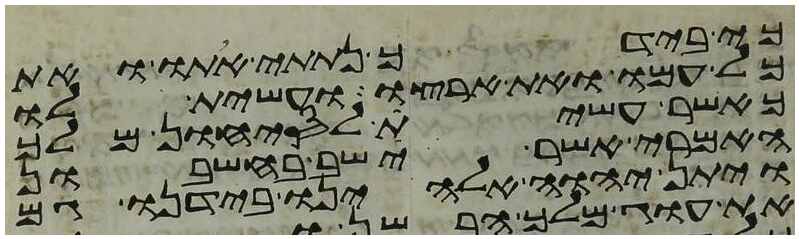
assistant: כי בידך נתתי אתו ואת
כל עמו ואת ארצו ועשית לו
כאשר עשית לסיחון מלך
האמרי אשר ישב בחשבון
ויתן יהוה אלהינו בידנו גם